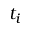
t _ { i }